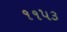
૧૧૫૩